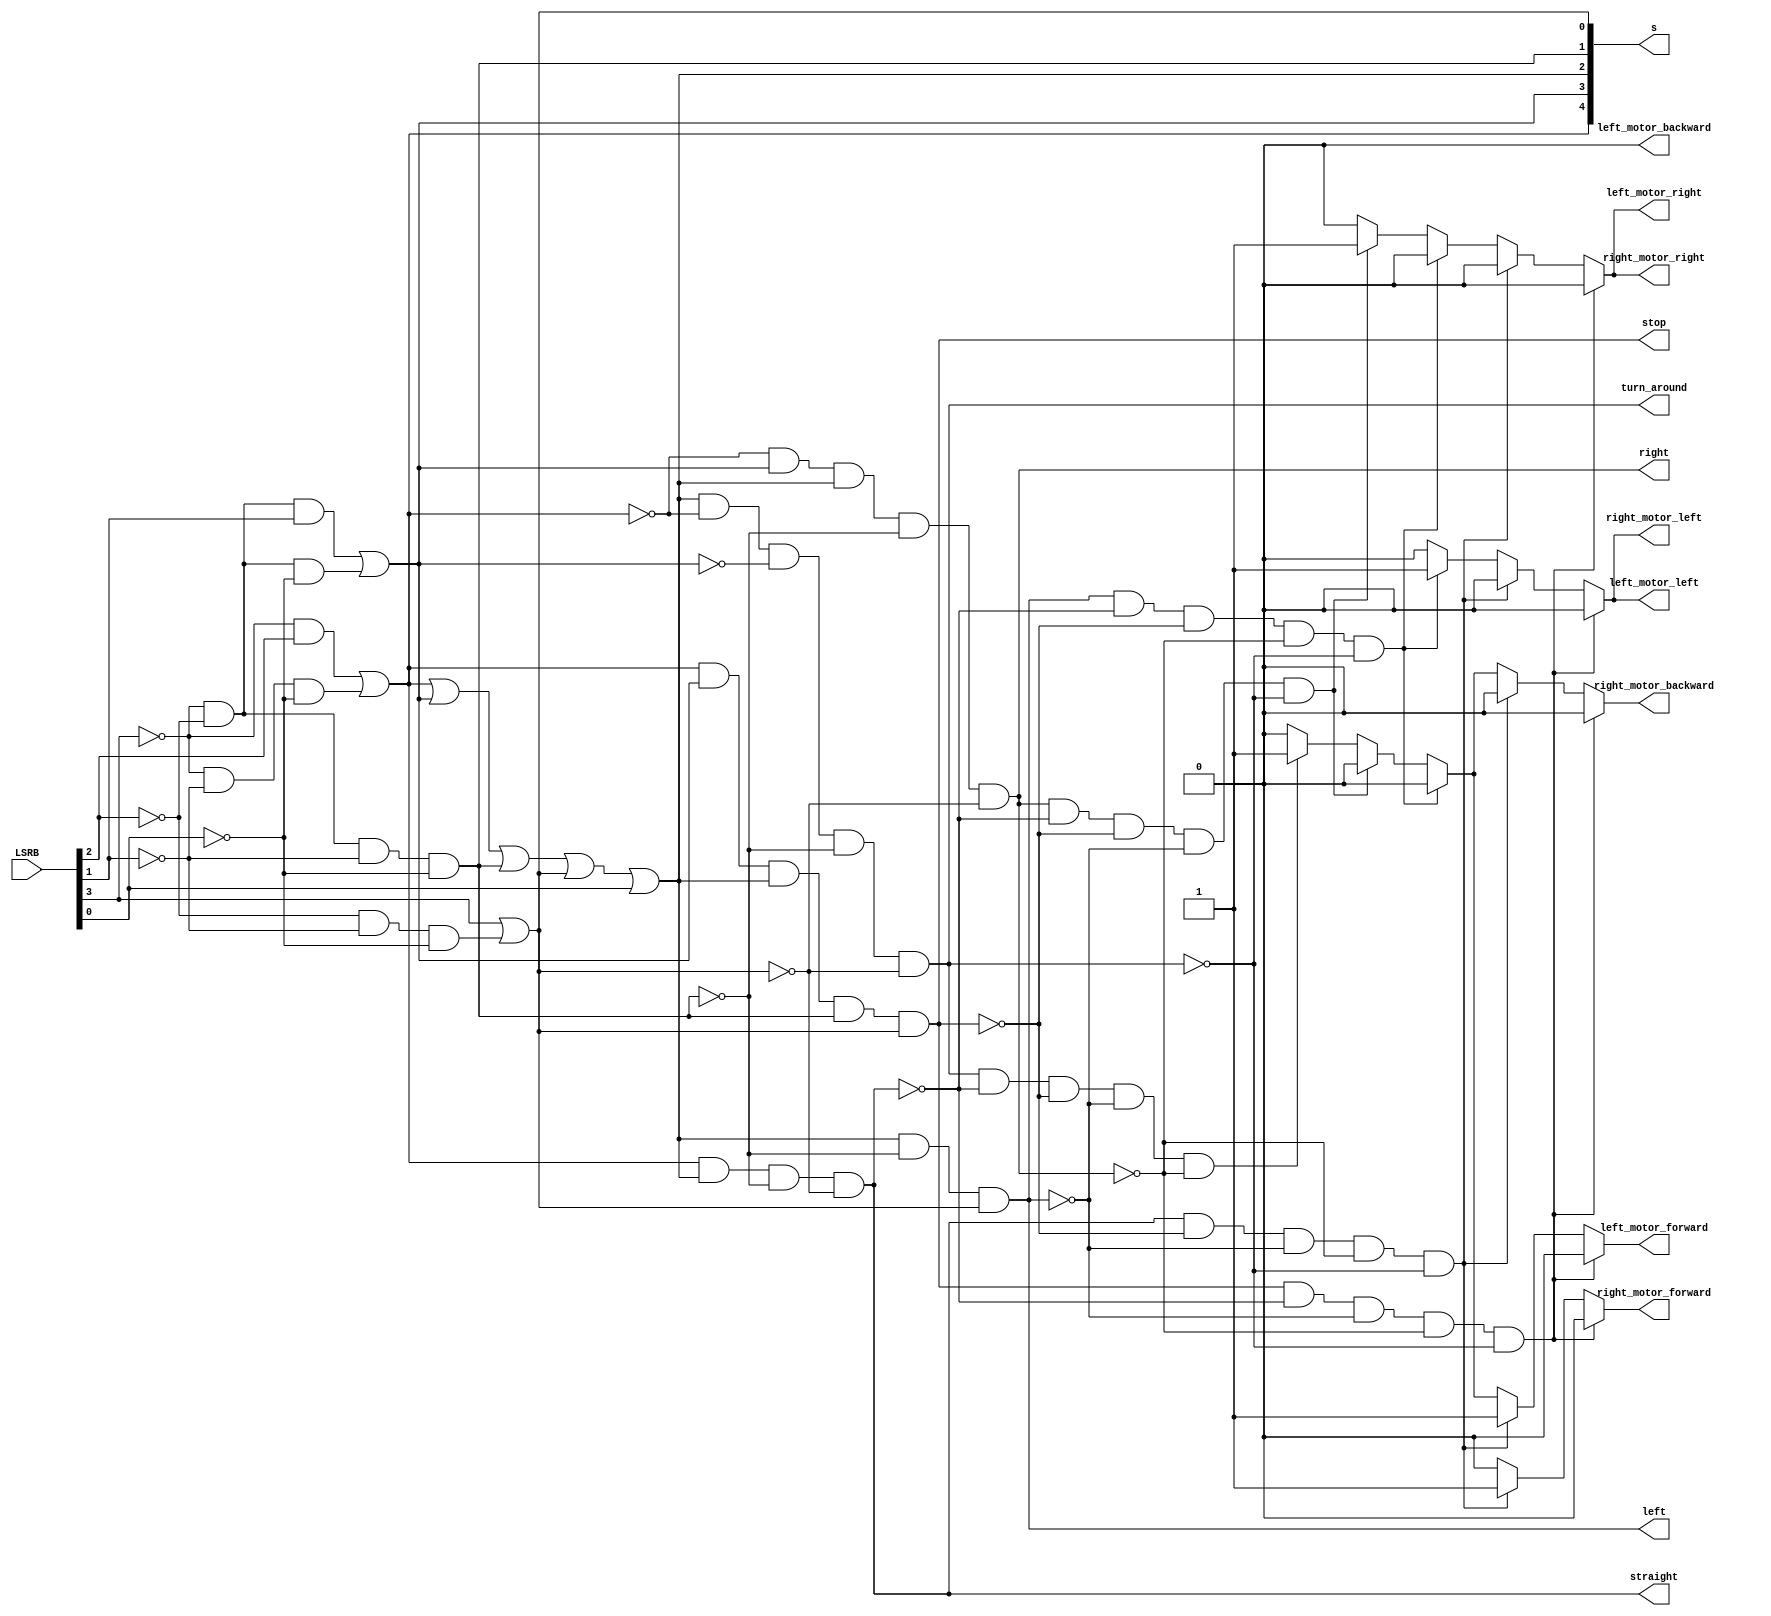
/* Line following Maze Solver using LSRB Algorithm
L-left, S-straight, R-right, B-back(turn around)
Robot follows the above given priority if a junction is detected*/
module linefollower(LSRB,s,straight,stop,left,right,turn_around,left_motor_forward,left_motor_backward,left_motor_right,left_motor_left,right_motor_forward,right_motor_backward,right_motor_right,right_motor_left);
input [0:3] LSRB; // Next move input
output [0:4] s; // 5-Sensors
output straight; // Move forward
output stop; // Stop
output left; // Turn left
output right; // Turn right
output turn_around; // Turn around
output reg left_motor_forward,left_motor_backward,left_motor_right,left_motor_left; // Specifies the direction of left motor
output reg right_motor_forward,right_motor_backward,right_motor_right,right_motor_left; // Specifies the direction of right motor

//data flow modelling
assign s[0]=(~LSRB[0]&LSRB[1])|(~LSRB[0]&~LSRB[2]&~LSRB[3]);
assign s[1]=(~LSRB[0]&~LSRB[1]&LSRB[2])|(~LSRB[0]&~LSRB[1]&~LSRB[3]);
assign s[3]=(~LSRB[0]&~LSRB[1]&~LSRB[2]&~LSRB[3]);
assign s[4]=LSRB[0]|(~LSRB[1]&~LSRB[2]&~LSRB[3]);
assign s[2]=s[0]|s[1]|s[3]|s[4]|LSRB[3];

assign straight = s[0]&s[2]&~s[3]&~s[4];
assign stop = s[0]&s[1]&s[2]&s[3]&s[4];
assign left = s[2]&~s[3]&s[4];
assign right = ~s[0]&s[1]&s[2]&~s[3]&~s[4];
assign turn_around = s[2]&~s[0]&~s[1]&~s[3]&~s[4];

//behavioural modelling
always @(*)
begin
    if(stop && !straight && !left && !right && !turn_around) begin
        left_motor_forward=1'b0; // Stop if destination is reached
        left_motor_backward=1'b0;
        left_motor_left=1'b0;
        left_motor_right=1'b0;
        right_motor_forward=1'b0;
        right_motor_backward=1'b0;
        right_motor_left=1'b0;
        right_motor_right=1'b0;
    end
    else if(straight && !stop && !left && !right && !turn_around) begin
        left_motor_forward=1'b1; // Move forward
        left_motor_backward=1'b0;
        left_motor_left=1'b0;
        left_motor_right=1'b0;
        right_motor_forward=1'b1;
        right_motor_backward=1'b0;
        right_motor_left=1'b0;
        right_motor_right=1'b0;
    end
    else if(left && !straight && !stop && !right && !turn_around) begin
        left_motor_forward=1'b0; // Turn left
        left_motor_backward=1'b0;
        left_motor_left=1'b1;
        left_motor_right=1'b0;
        right_motor_forward=1'b0;
        right_motor_backward=1'b0;
        right_motor_left=1'b1;
        right_motor_right=1'b0;
    end
    else if(right && !straight && !stop && !left && !turn_around) begin
        left_motor_forward=1'b0; // Turn right
        left_motor_backward=1'b0;
        left_motor_left=1'b0;
        left_motor_right=1'b1;
        right_motor_forward=1'b0;
        right_motor_backward=1'b0;
        right_motor_left=1'b0;
        right_motor_right=1'b1;
    end
    else if(turn_around && !straight && !stop && !left && !right) begin
        left_motor_forward=1'b1; // Turn around in clockwise direction if dead end is detected
        left_motor_backward=1'b0;
        left_motor_left=1'b0;
        left_motor_right=1'b0;
        right_motor_forward=1'b0;
        right_motor_backward=1'b1;
        right_motor_left=1'b0;
        right_motor_right=1'b0;
    end 
    else begin
        left_motor_forward=1'b0; 
        left_motor_backward=1'b0;
        left_motor_left=1'b0;
        left_motor_right=1'b0;
        right_motor_forward=1'b0;
        right_motor_backward=1'b0;
        right_motor_left=1'b0;
        right_motor_right=1'b0;
    end
end
endmodule